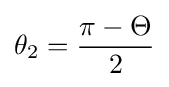
\theta _{2}={\frac {\pi -\Theta }{2}}